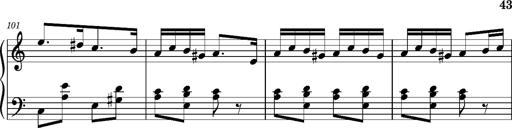
Title: Ungarischer Romanzero
Composer: Franz Liszt